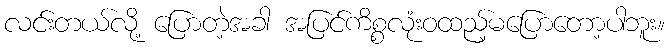
လင်းတယ်လို့ ပြောတဲ့အခါ အပြင်ကိစ္စလုံးဝထည့်မပြောတော့ပါဘူး။